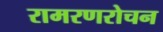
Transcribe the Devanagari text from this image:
रामरणरोचन